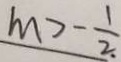
m > - \frac { 1 } { 2 } .